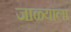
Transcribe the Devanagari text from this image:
जाळ्याला